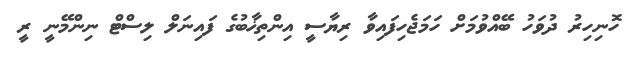
ހޮނިހިރު ދުވަހު ބޭއްވުމަށް ހަމަޖެހިފައިވާ ރިޔާސީ އިންތިޚާބުގެ ފައިނަލް ލިސްޓް ނިންމޭނީ ރީ